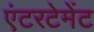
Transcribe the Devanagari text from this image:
एंटरटेमेंट